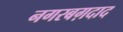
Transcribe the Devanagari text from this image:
नगरबग़दाद